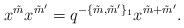
LaTeX: \begin{align*}x^{\tilde m}x^{\tilde m'}=q^{-\{\tilde m, \tilde m'\}_1}x^{\tilde m + \tilde m'}.\end{align*}